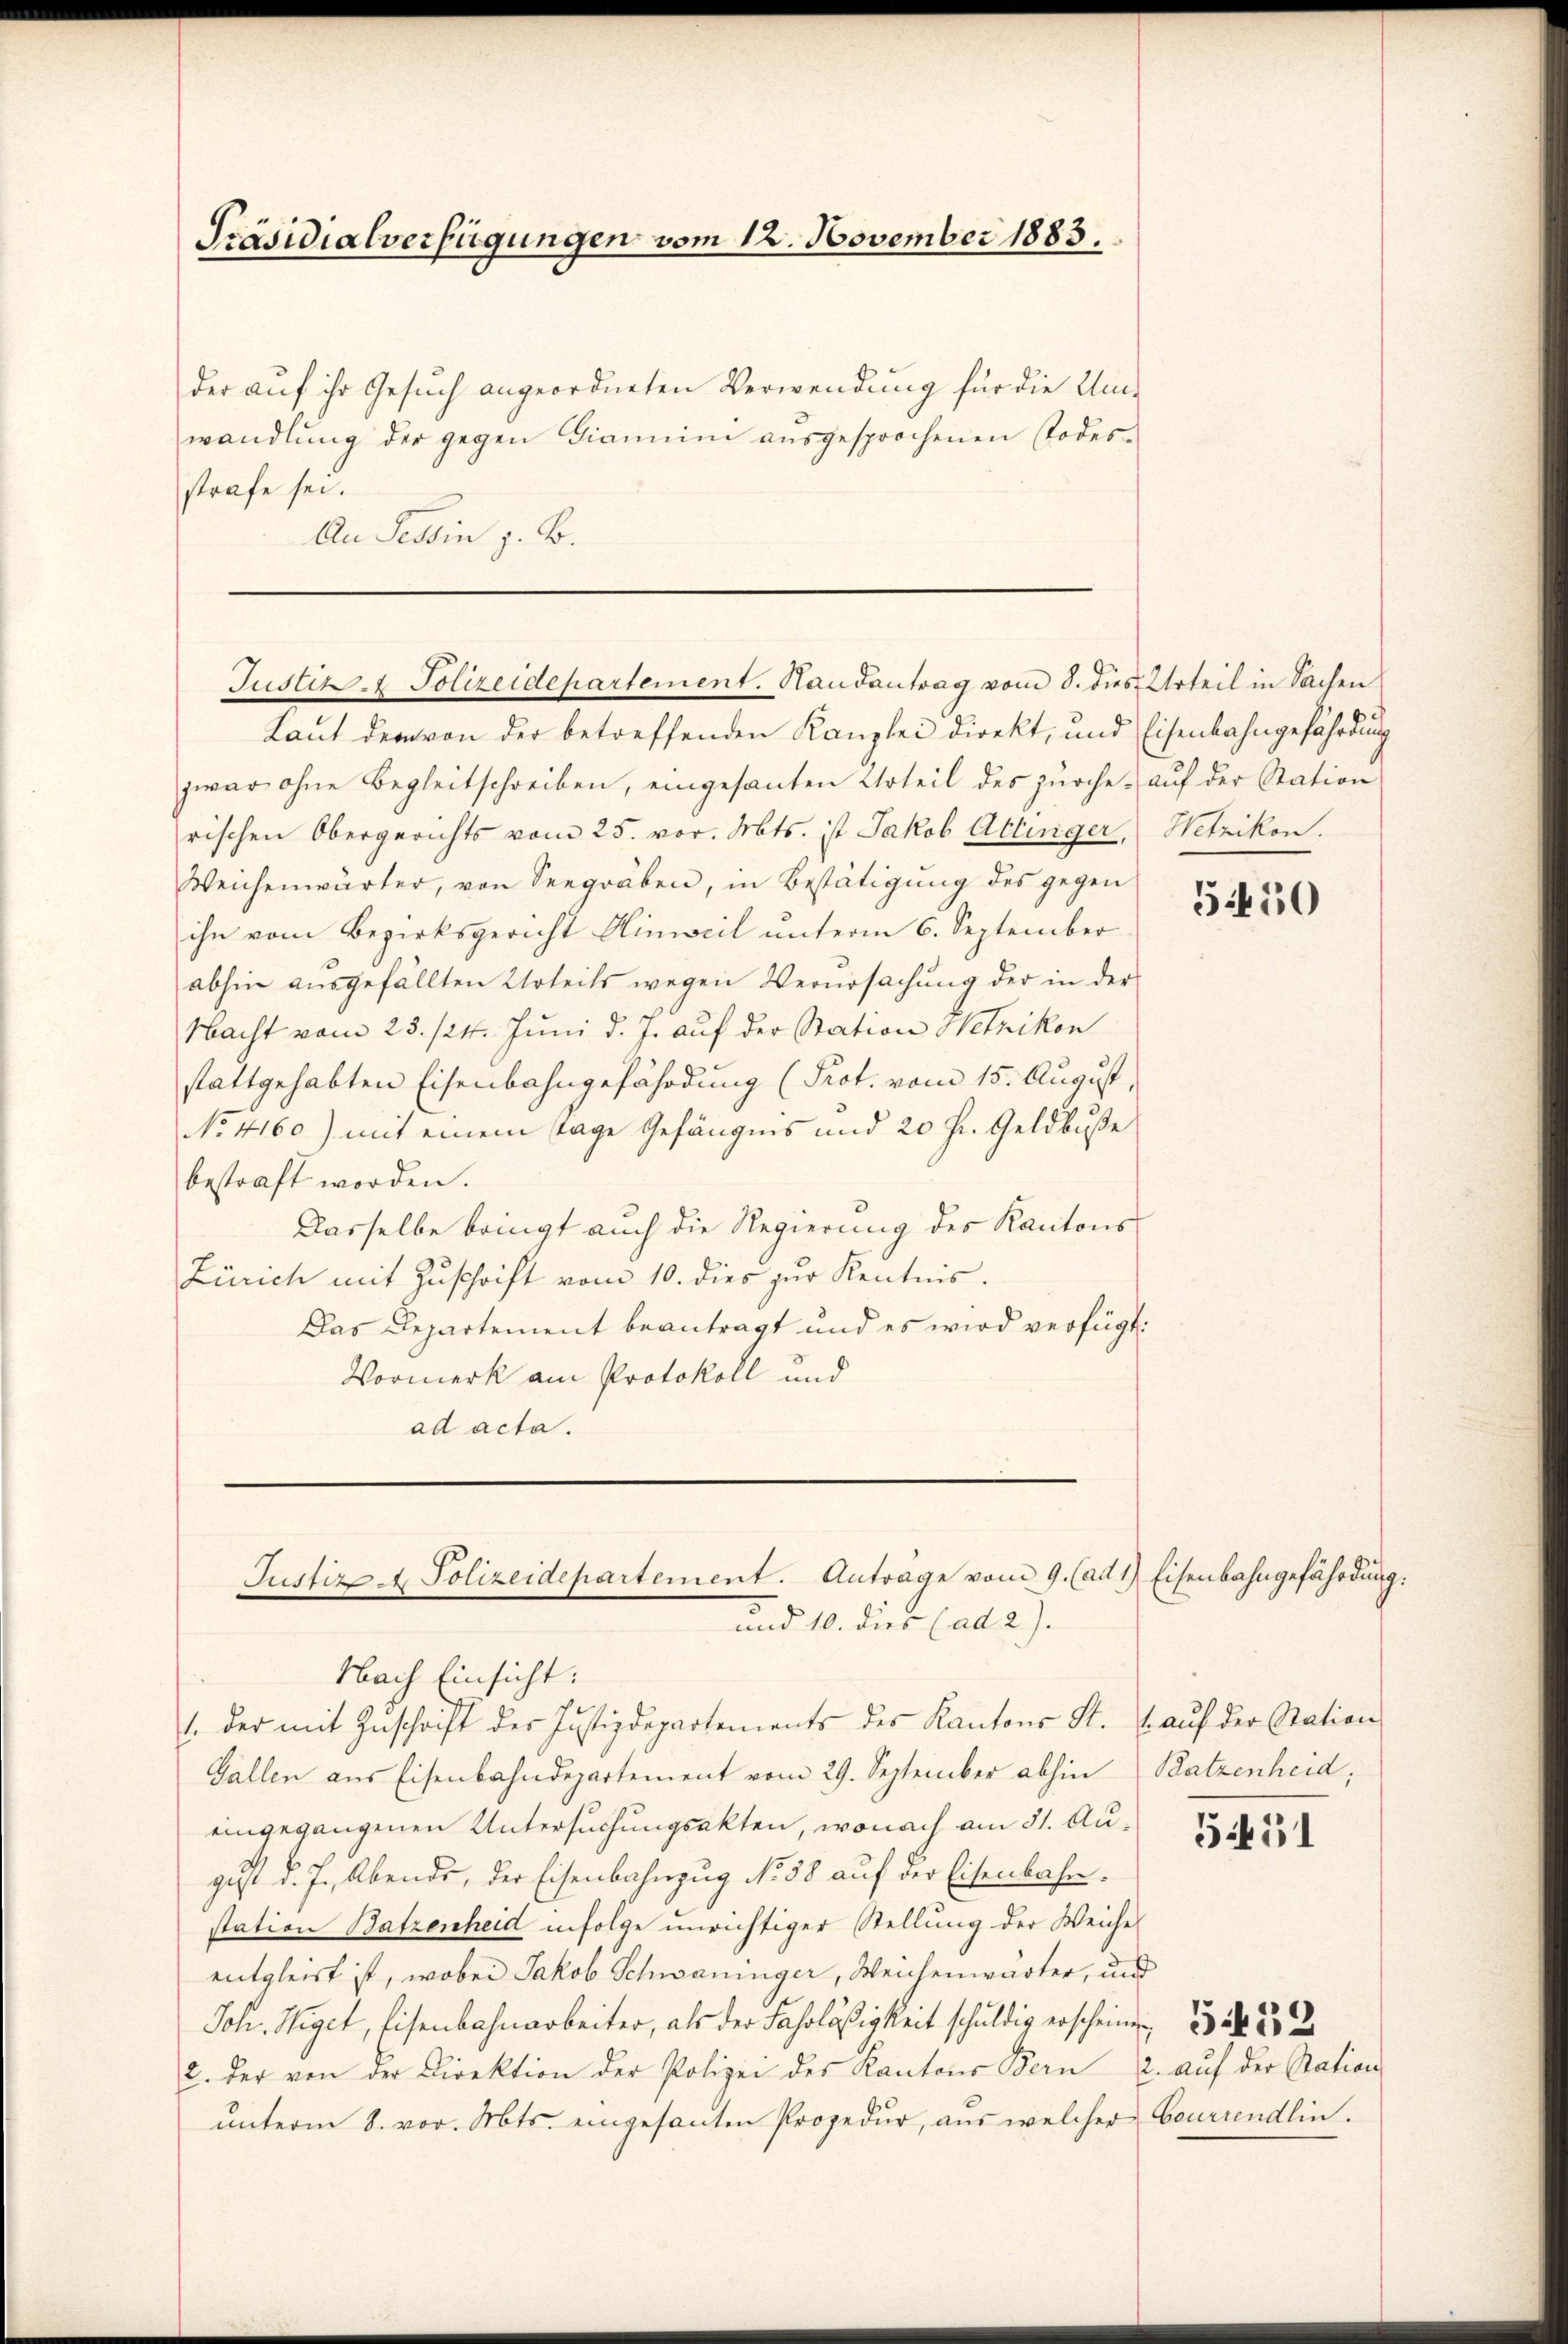
Präsidialverfügungen vom 12. November 1883.

der auf ihr Gesuch angeordneten Verwendung für die Umwandlŭng der gegen Diamnim aŭsgesprochenen Todes-
strafe sei.
An Tessin z. B.

Justiz- & Polizeidepartement. Handantrag vom 8. dies Urteil in Sachen

Justiz & Polizeidepartement. Anträge vom 9. (ad 1) Eisenbahngefährdung:
und 10. dies (ad 2).

Laut dem von der betreffenden Kanzlei direkt, und Eisenbahngefährdung
zwar ohne Begleitschreiben, eingesanten Urteil des Zürche aŭf der Station
rischen Obergerichts vom 25. vor. Mts. ist Jakob Attinger, Wetzikon.
Weichenwärter, von Seegräben, in Bestätigŭng des gegen
ihn vom Bezirksgericht Hinweil unterm 6. September
abhin ausgefällten Urteils wegen Verursachung der in der
Nacht vom 23. 124. Juni d. J. auf der Station Wetzikon
stattgehabten Eisenbahngefährdung (Prot. vom 15. August,
No. 4160) mit einem Tage Gefängnis und 20 fl. Geldbuße
bestraft worden.
Dasselbe bringt auch die Regierung des Kantons
Zürich mit Zŭschrift vom 10. dies zur Kentnis.
Das Departement beantragt und es wird verfügt:
Vormerk am Protokoll und
ad acta.

Nach Einsicht:
1. der mit Zŭschrift der Justizdepartements des Kantons St. u aŭf der Station
Gallen aus Eisenbahndepartement vom 29. September abhin Batzenheid,
eingegangenen Untersuchungsakten, wonach am 31. August d. J. Abends, der Eisenbahnzug No. 58 auf der Eisenbahnstation Batzenheid infolge unrichtiger Stellung der Weiche
entgleist ist, wobei Jakob Schwaniger, Weichenwärter, und
Joh. Wiget, Eisenbahnarbeiter, als der Fahrläßigkeit schŭldig erscheinen
2. der von der Direktion der Polizei des Kantons Bern 2. aŭf der Nation
unterm 8. vor. Mts. eingesanten Prozedur, aus welcher

550

545

Courrendlin.